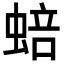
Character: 𬠗